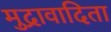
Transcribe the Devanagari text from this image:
मुद्रावादिता